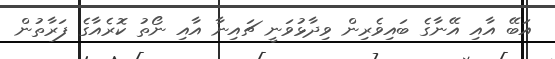
އަބޭ އާއި އޭނާގެ ބައިވެރިން ވިދާޅުވަނީ ޗައިނާ އާއި ނޯތު ކޮރެއާގެ ފަރާތުން